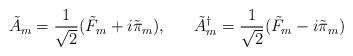
LaTeX: \begin{align*}\tilde{A}_{m} = \frac{1}{\sqrt 2} (\tilde{F}_{m}+i\tilde{\pi}_{m}), \; \; \; \; \; \; \tilde{A}^{\dagger}_{m}= \frac{1}{\sqrt 2} (\tilde{F}_{m}-i\tilde{\pi}_{m})\end{align*}